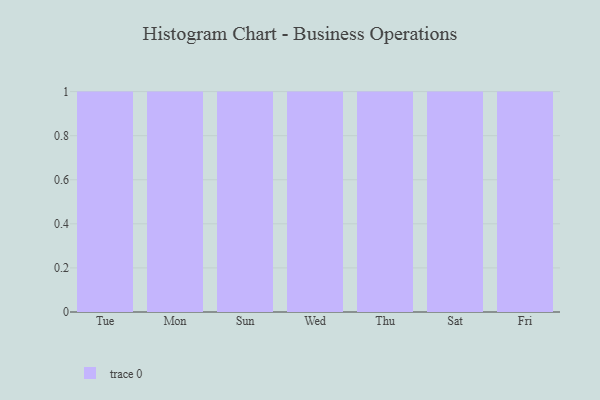
{"axis": {"x": "Day", "y": "Production Output"}, "legend": [""], "data": [{"x": "Tue", "y": 20, "type": ""}, {"x": "Mon", "y": 64, "type": ""}, {"x": "Sun", "y": 47, "type": ""}, {"x": "Wed", "y": 72, "type": ""}, {"x": "Thu", "y": 67, "type": ""}, {"x": "Sat", "y": 42, "type": ""}, {"x": "Fri", "y": 92, "type": ""}]}